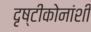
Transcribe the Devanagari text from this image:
दृष्टीकोनांशी